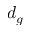
d _ { g }